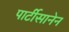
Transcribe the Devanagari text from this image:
पार्टीसानेन